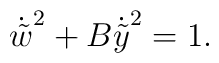
{\dot{\tilde w}}^2+B{\dot{\tilde y}}^2=1.